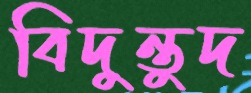
বিদুন্তুদ